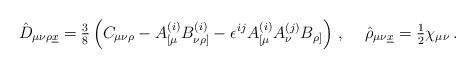
LaTeX: \begin{align*}\hat{D}_{\mu\nu\rho\underline{x}} ={\textstyle\frac{3}{8}}\left(C_{\mu\nu\rho} - A_{[\mu}^{(i)}B_{\nu\rho]}^{(i)}-\epsilon^{ij}A_{[\mu}^{(i)}A_{\nu}^{(j)}B_{\rho]}\right)\, ,\hspace{.5cm}\hat{\rho}_{\mu\nu\underline{x}} ={\textstyle\frac{1}{2}}\chi_{\mu\nu}\, .\end{align*}